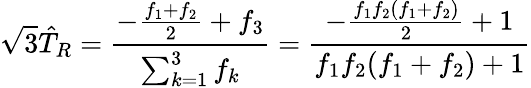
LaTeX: \sqrt{3}\hat{T}_{R}={\frac{-{\frac{f_{1}+f_{2}}{2}}+f_{3}}{\sum_{k=1}^{3}f_{k}}}={\frac{-{\frac{f_{1}f_{2}(f_{1}+f_{2})}{2}}+1}{f_{1}f_{2}(f_{1}+f_{2})+1}}